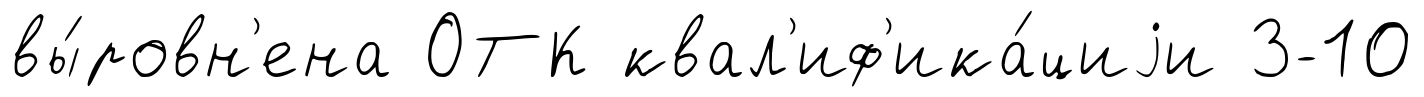
вы́ровн'ена ОТК квал'иф'ика́циjи 3-10